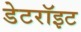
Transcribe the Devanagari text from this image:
डेटरॉइट